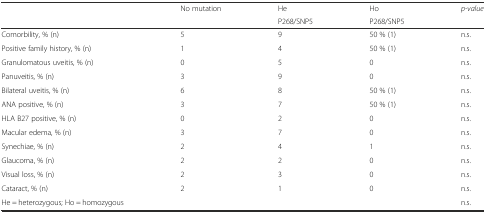
| <ROWSPAN=2>  | <ROWSPAN=2> No mutation | He | Ho | <ROWSPAN=2> p-value |
 | P268/SNP5 | P268/SNP5 |
 | --- | --- | --- | --- | --- |
 | Comorbility, % (n) | 5 | 9 | 50 % (1) | n.s. |
 | Positive family history, % (n) | 1 | 4 | 50 % (1) | n.s. |
 | Granulomatous uveitis, % (n) | 0 | 5 | 0 | n.s. |
 | Panuveitis, % (n) | 3 | 9 | 0 | n.s. |
 | Bilateral uveitis, % (n) | 6 | 8 | 50 % (1) | n.s. |
 | ANA positive, % (n) | 3 | 7 | 50 % (1) | n.s. |
 | HLA B27 positive, % (n) | 0 | 2 | 0 | n.s. |
 | Macular edema, % (n) | 3 | 7 | 0 | n.s. |
 | Synechiae, % (n) | 2 | 4 | 1 | n.s. |
 | Glaucoma, % (n) | 2 | 2 | 0 | n.s. |
 | Visual loss, % (n) | 2 | 3 | 0 | n.s. |
 | Cataract, % (n) | 2 | 1 | 0 | n.s. |
 | He = heterozygous; Ho = homozygous |  |  |  | n.s. |